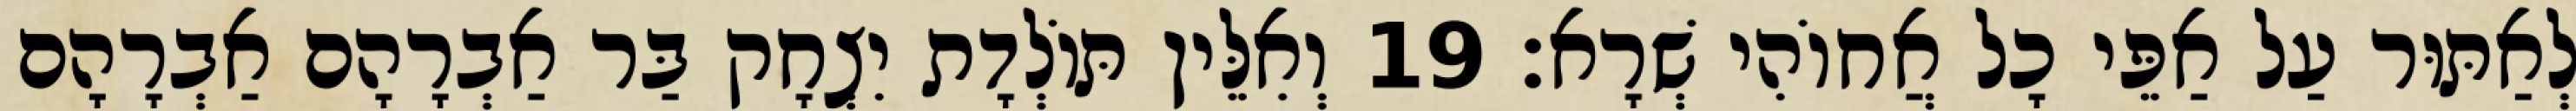
לְאַתּוּר עַל אַפֵּי כָל אֲחוֹהִי שְׁרָא׃ 19 וְאִלֵּין תּוֹלְדָת יִצְחָק בַּר אַבְרָהָם אַבְרָהָם